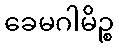
ခေမဂါမိဉ္စ